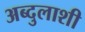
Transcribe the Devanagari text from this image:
अब्दुलाशी